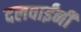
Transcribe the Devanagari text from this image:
दलवाईंनी